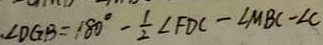
\angle D G B = 1 8 0 ^ { \circ } - \frac { 1 } { 2 } \angle F D C - \angle M B C - \angle C